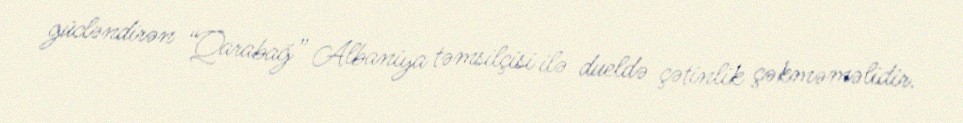
gücləndirən “Qarabağ” Albaniya təmsilçisi ilə dueldə çətinlik çəkməməlidir.